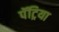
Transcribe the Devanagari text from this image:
पॅट्रिया